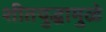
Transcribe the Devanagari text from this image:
शीतयुद्धामुळे